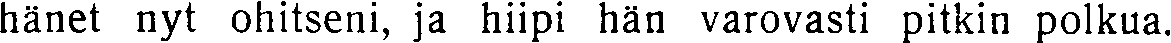
hänet nyt ohitseni, ja hiipi hän varovasti pitkin polkua.